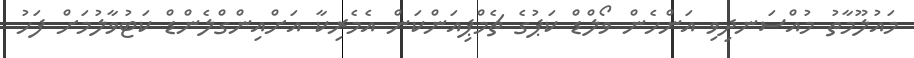
މައުލޫމާތު މުއްސަނދިވި އަންހެން ވޯލްޑް ކަޕުގެ ޗެމްޕިއަންކަން އެމެރިކާ އަށްއިންގްލެންޑް ކަޓުވާލުމަށް ފަހު